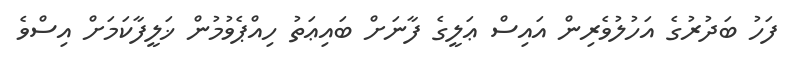
ފަހު ބަދުރުގެ އަހުލުވެރިން އައިސް ޢަލީގެ ފާނަށް ބައިޢަތު ހިއްޕެވުމުން ޚަލީފާކަމަށް އިސްވެ